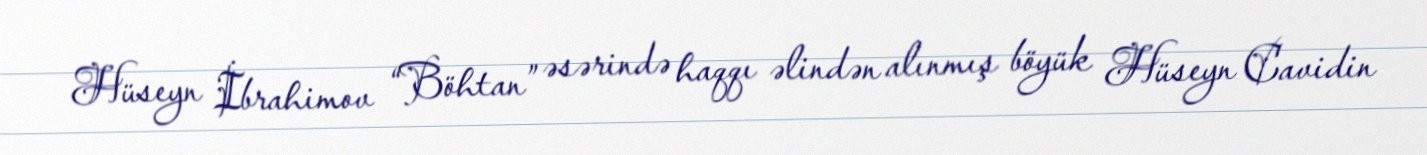
Hüseyn İbrahimov “Böhtan” əsərində haqqı əlindən alınmış böyük Hüseyn Cavidin